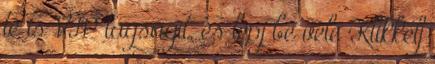
te is VIP tagságit, és lépj be vele Klikkelj